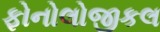
ફોનોલોજીકલ